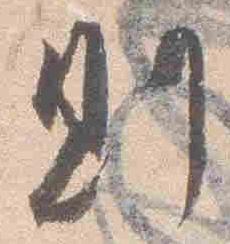
則